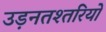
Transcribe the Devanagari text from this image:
उड़नतश्तरियों